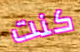
كنت